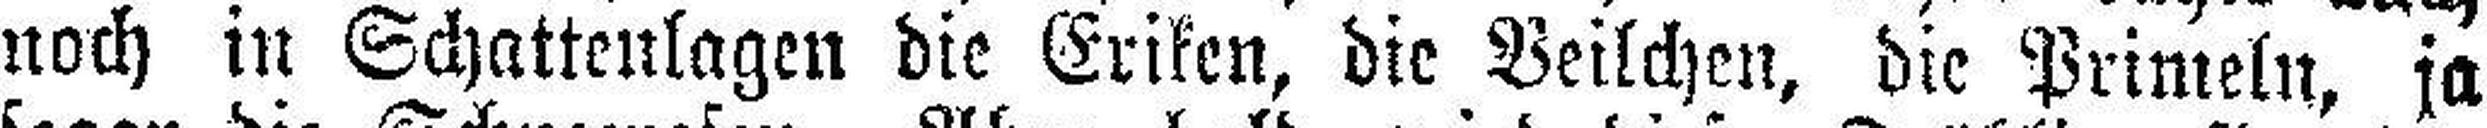
noch in Schattenlagen die Eriken, die Veilchen, die Primeln, ja